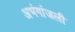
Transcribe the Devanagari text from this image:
अभंगांजली